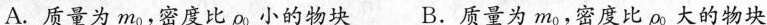
A.质量为m_{o}，密度比ρ_{o}小的物块 B.质量为m_{o}，密度比ρ_{o}大的物块